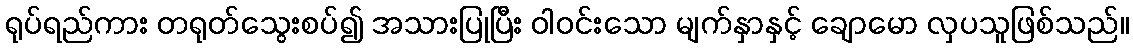
ရုပ်ရည်ကား တရုတ်သွေးစပ်၍ အသားပြုပြီး ဝါဝင်းသော မျက်နှာနှင့် ချောမော လှပသူဖြစ်သည်။